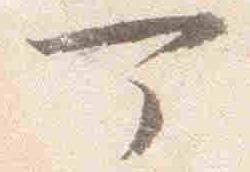
可